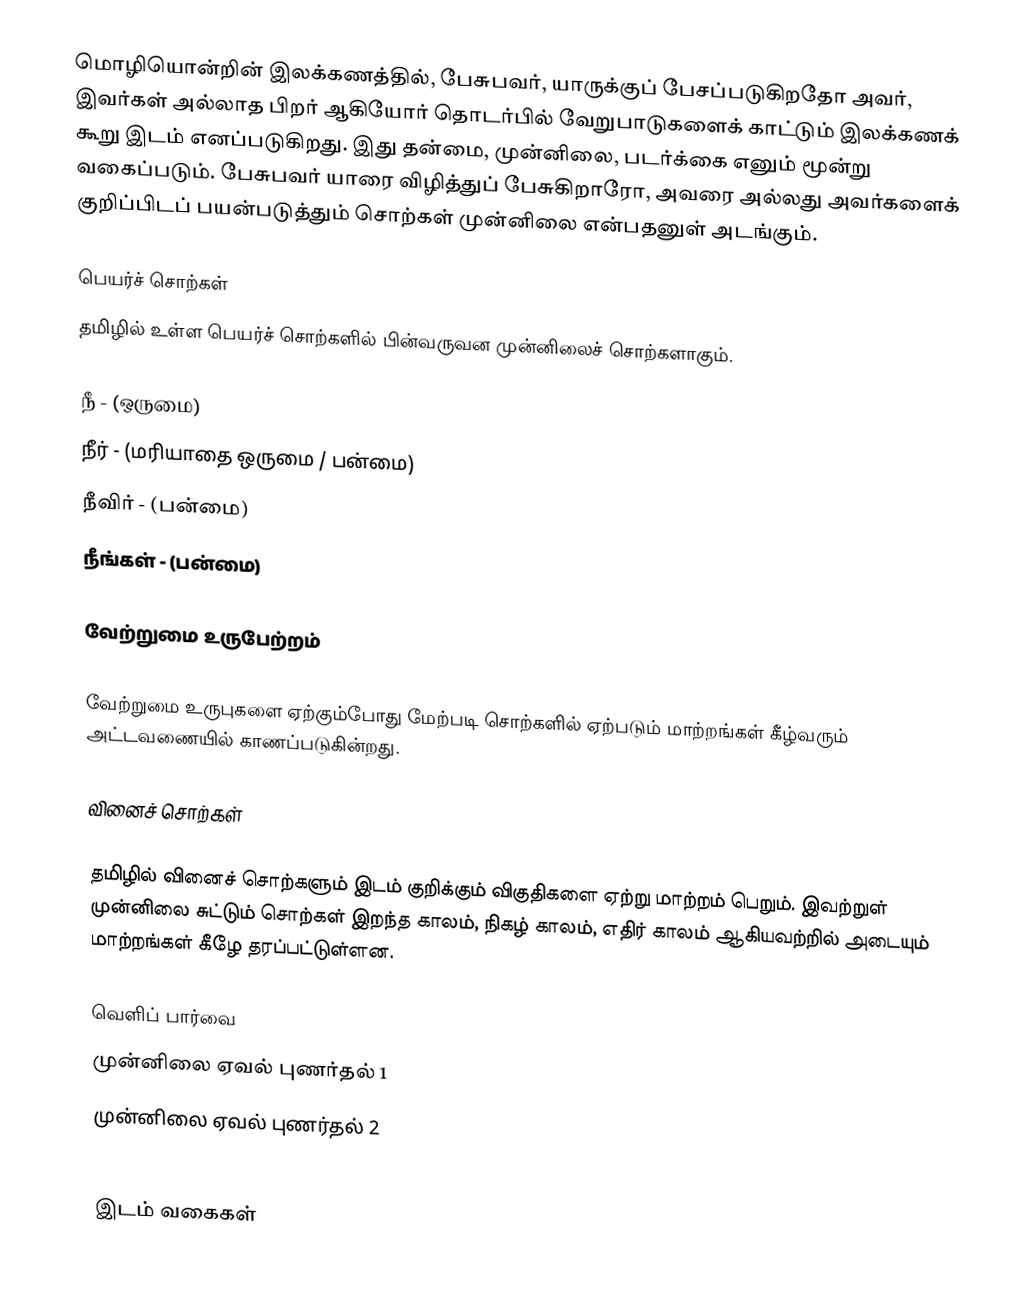
மொழியொன்றின் இலக்கணத்தில், பேசுபவர், யாருக்குப் பேசப்படுகிறதோ அவர், இவர்கள் அல்லாத பிறர் ஆகியோர் தொடர்பில் வேறுபாடுகளைக் காட்டும் இலக்கணக் கூறு இடம் எனப்படுகிறது. இது தன்மை, முன்னிலை, படர்க்கை எனும் மூன்று வகைப்படும். பேசுபவர் யாரை விழித்துப் பேசுகிறாரோ, அவரை அல்லது அவர்களைக் குறிப்பிடப் பயன்படுத்தும் சொற்கள் முன்னிலை என்பதனுள் அடங்கும்.

பெயர்ச் சொற்கள்
தமிழில் உள்ள பெயர்ச் சொற்களில் பின்வருவன முன்னிலைச் சொற்களாகும்.

 நீ - (ஒருமை)
 நீர் - (மரியாதை ஒருமை / பன்மை)
 நீவிர் - (பன்மை)
 நீங்கள் - (பன்மை)

வேற்றுமை உருபேற்றம்

வேற்றுமை உருபுகளை ஏற்கும்போது மேற்படி சொற்களில் ஏற்படும் மாற்றங்கள் கீழ்வரும் அட்டவணையில் காணப்படுகின்றது.

வினைச் சொற்கள்

தமிழில் வினைச் சொற்களும் இடம் குறிக்கும் விகுதிகளை ஏற்று மாற்றம் பெறும். இவற்றுள் முன்னிலை சுட்டும் சொற்கள் இறந்த காலம், நிகழ் காலம், எதிர் காலம் ஆகியவற்றில் அடையும் மாற்றங்கள் கீழே தரப்பட்டுள்ளன.

வெளிப் பார்வை
 முன்னிலை ஏவல் புணர்தல் 1
 முன்னிலை ஏவல் புணர்தல் 2

இடம் வகைகள்